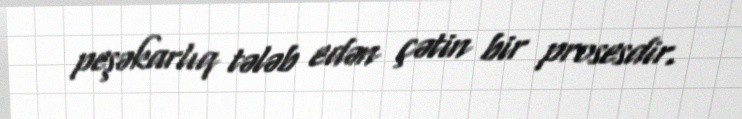
peşəkarlıq tələb edən çətin bir prosesdir.